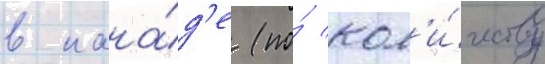
в кана́д'е (по́ кол'и́честву